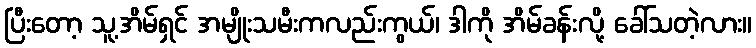
ပြီးတော့ သူ့အိမ်ရှင် အမျိုးသမီးကလည်းကွယ်၊ ဒါကို အိမ်ခန်းလို့ ခေါ်သတဲ့လား။